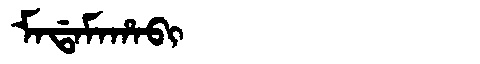
Manchu: ᠮᠠᡩᠠᠮᠠᡥᠠᠪᡳ
Romanization: MADAMAHABI